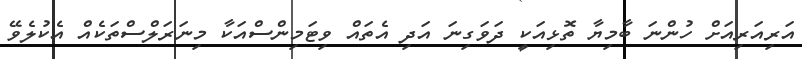
އަރިއަރިއަށް ހުންނަ ބާމިޔާ ތޮޅިއަކީ ދަވަގިނަ އަދި އެތައް ވިޓަމިންސްއަކާ މިނަރަލްސްތަކެއް އެކުލެވޭ